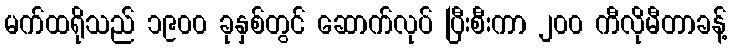
မက်ထရိုသည် ၁၉၀၀ ခုနှစ်တွင် ဆောက်လုပ် ပြီးစီးကာ ၂၀၀ ကီလိုမီတာခန့်